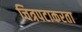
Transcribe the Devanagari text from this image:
चित्रपटाकरता